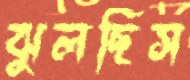
ঝুলছিস